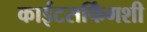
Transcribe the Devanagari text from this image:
काईटसर्फिंगशी